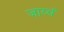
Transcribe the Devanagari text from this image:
जाय्चं